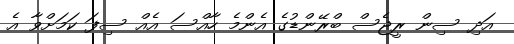
އަދި ސިން ރީޖެސް ބްރޭންޑުގެ އެންމެ ހާއްސަ އެއް ސިފަ ކަމަށްވާ އެ